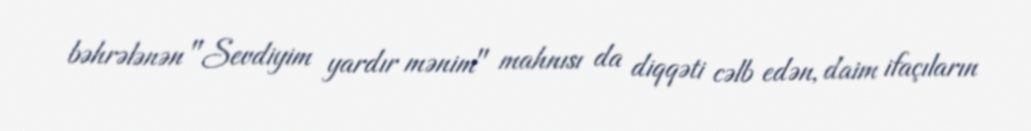
bəhrələnən "Sevdiyim yardır mənim" mahnısı da diqqəti cəlb edən, daim ifaçıların